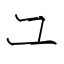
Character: ユ